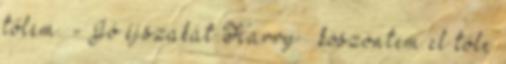
tőlem. - Jó éjszakát Harry – köszöntem el tőle